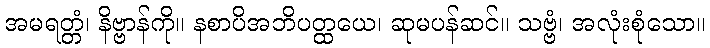
အမရတ္တံ၊ နိဗ္ဗာန်ကို။ နစာပိအဘိပတ္ထယေ၊ ဆုမပန်ဆင်။ သဗ္ဗံ၊ အလုံးစုံသော။